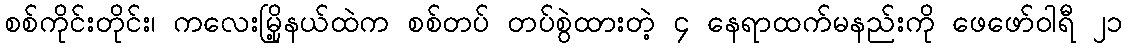
စစ်ကိုင်းတိုင်း၊ ကလေးမြို့နယ်ထဲက စစ်တပ် တပ်စွဲထားတဲ့ ၄ နေရာထက်မနည်းကို ဖေဖော်ဝါရီ ၂၁